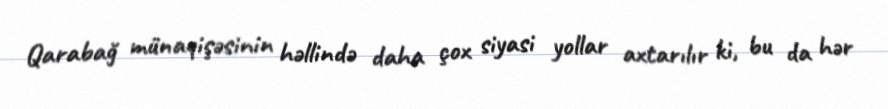
Qarabağ münaqişəsinin həllində daha çox siyasi yollar axtarılır ki, bu da hər